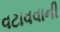
વટાવવાની